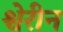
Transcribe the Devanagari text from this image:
श्वेरीन